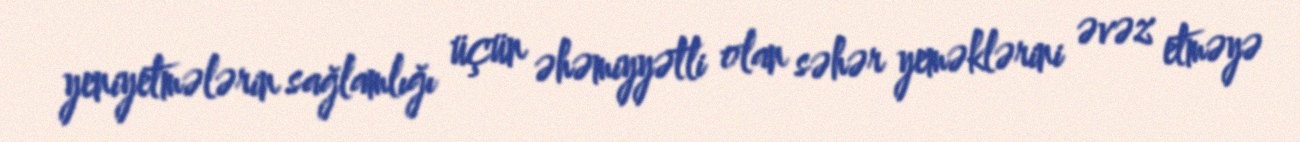
yeniyetmələrin sağlamlığı üçün əhəmiyyətli olan səhər yeməklərini əvəz etməyə